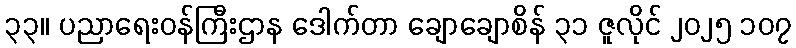
၃၃။ ပညာရေးဝန်ကြီးဌာန ဒေါက်တာ ချောချောစိန် ၃၁ ဇူလိုင် ၂၀၂၅ ၁၀၇